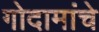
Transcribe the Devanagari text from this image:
गोदामांचे